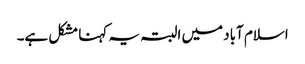
اسلام آباد میں البتہ یہ کہنا مشکل ہے۔